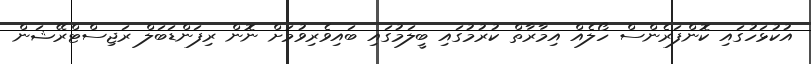
އުކުޅަހުގައި ކޮންފަރެންސް ހޯލެއް އިމާރާތް ކުރުމުގައި ބީލަމުގައި ބައިވެރިވުމަށް ނޮން ރިފަންޑަބަލް ރަޖިސްޓްރޭޝަން